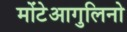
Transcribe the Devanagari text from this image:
मोंटेआगुलिनो